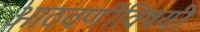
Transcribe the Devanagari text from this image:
आठवणींविषयी